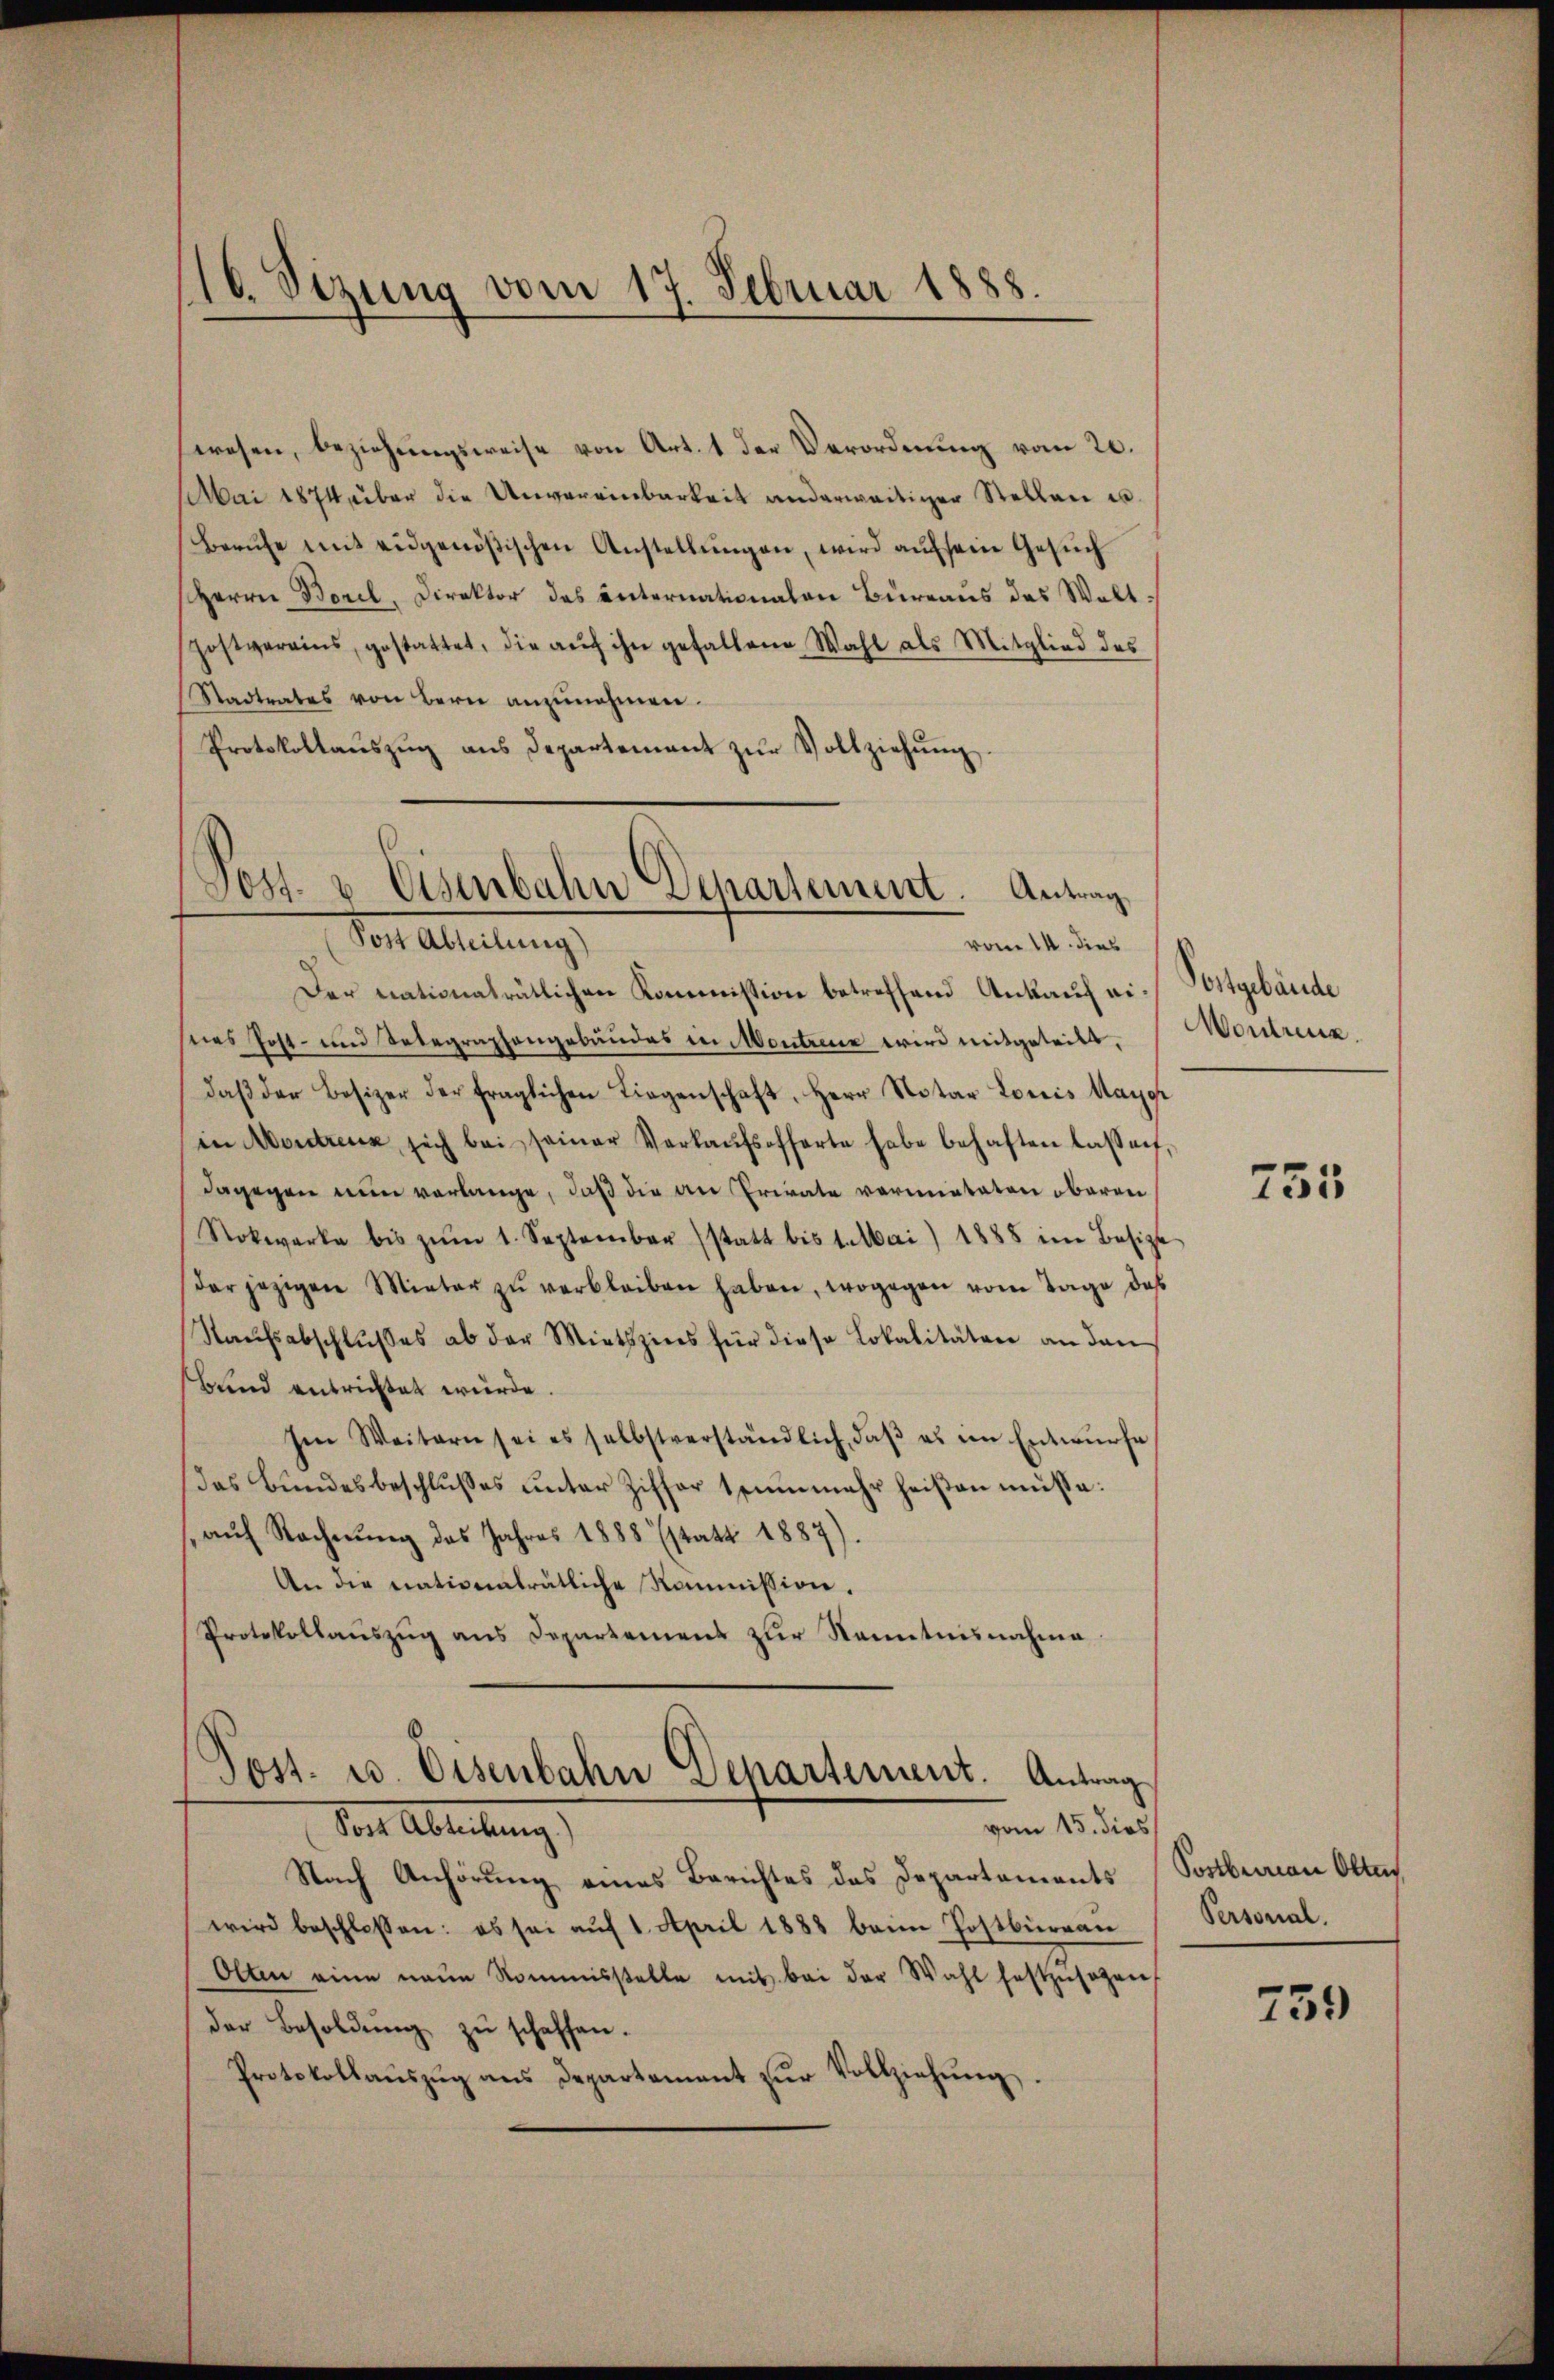
16. Sizung vom 17. Februar 1888.

wesen, beziehungsweise von Art. 1 der Verordnung vom 20.
Mai 1874 über die Unvereinbarkeit anderweitiger Stellen u.
Berŭfe mit eidgenößischen Anstellŭngen, wird auf sein Gesuch
Herrn Borel, Direktor des unternationalen Bureaus des Walt¬
Zostvereins, gestattet, die aŭf ihn gefallene Wahl als Mitglied des
Stadtrates von Bern anzŭnehmen.
Protokollaŭszŭg ans Departement zŭr Vollziehŭng.

Post- & Eisenbahn Departement. Antrag,
Post Abteilung)
vom 14. dies

Der nationalrätlichen Kommission betreffend Ankauf eisees Post- und Telegraphengebäudes in Montreux wird mitgeteilt,
daβ der Besizer der fraglichen Liegenschaft, Herr Notar Louis Maggi
in Montreux, sich bei seiner Verkaŭfsofferte habe behaften lassen,
dagegen nun verlange, daß die an Private vormietaten oberen
Nokwerke bis zŭm 1. September statt bis 1. Mai 1888 in Besizt
Der jezigen Mieter zŭ verbleiben haben, wogegen vom Tage das
Kaŭfsabschlŭβes ab der Miethzins für diese Lokalitäten an dan
Bund entrichtet wurde
Ien Weitern sei es selbstverständlich, daβ es im Entwŭrfe
das Bundesbeschlŭsses ŭnter Ziffer 1 nŭnmehr heißen müße:
auf Rechnung des Jahres 1888 statt 1887).
An die nationalrätliche Kommission.
Protokollaŭszŭg ans Departemens zŭr Kenntnisnahme
Post. u. Eisenbahn Departement. Antrag
vom 15. dies
Post Ableitung
Nach Anhörung eines Berichtes des Departements Sostberau Olten,
wird beschlossen: es sei aŭf 1. April 1888 beim Postbüreau
Olten eine neŭe Kommisstelle mit bei der Wahl festzusagen,
der Besoldŭng zŭ schaffen.
Protokollauszug aus Departement zur Vollziehung

Postgebäude
Montreux.

755

Personal.

759